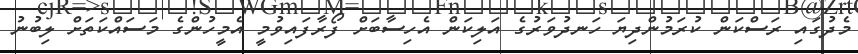
މެދުގައި ރަސްކަން ކުރަމުންދިޔަ ހަނދުވަރުގެ އަލިކަން އެހިސާބަށް ފޯރާފައިވުމީ އެމީހުންގެ މަސައްކަތަށް ލިބުނު